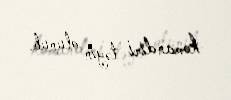
komandiri təyin olunub.